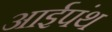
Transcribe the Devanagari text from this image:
आईपंथ